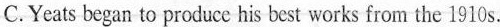
C.Yeats began to produce his best works from the 1910 s.